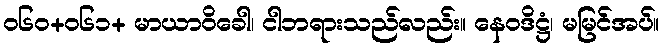
ဝ၆၀+၀၆၁+ မာယာဝိခေါ၊ ငါဘရားသည်လည်း။ နေဝဒိဋ္ဌံ၊ မမြင်အပ်။